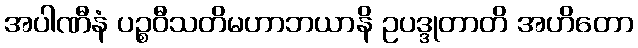
အပါဏီနံ ပဉ္စဝီသတိမဟာဘယာနိ ဥပဒ္ဒုတာတိ အဟိတော